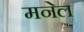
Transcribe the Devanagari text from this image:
मनेल